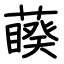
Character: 藈